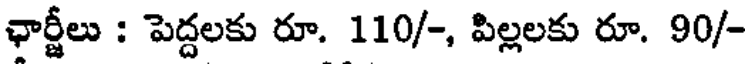
ఛార్జీలు : పెద్దలకు రూ. 110/-, పిల్లలకు రూ. 90/-